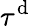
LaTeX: \tau^{\mathrm{d}}